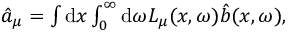
\begin{array} { r } { \hat { a } _ { \mu } = \int \mathrm { d } x \int _ { 0 } ^ { \infty } \mathrm { d } \omega L _ { \mu } ( x , \omega ) \hat { b } ( x , \omega ) , } \end{array}